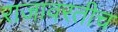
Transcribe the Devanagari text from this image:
राजावरतीच